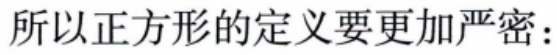
所以正方形的定义要更加严密：